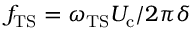
f _ { \mathrm { T S } } = { \omega _ { \mathrm { T S } } } { U _ { \mathrm { c } } } / { 2 \pi } { \delta }